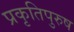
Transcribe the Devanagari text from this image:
प्रकृतिपुरुष